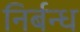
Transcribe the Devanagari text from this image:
निर्बन्ध